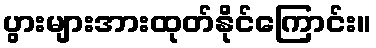
ပွားများအားထုတ်နိုင်ကြောင်း။